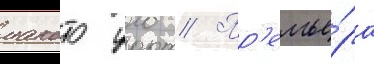
макото уно // Пр'емье́ра